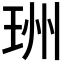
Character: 𤥅